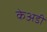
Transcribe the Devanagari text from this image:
केअडी